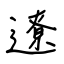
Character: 遼